Vaccination in Bombay 1902-1912 - 1902-1912
Year: 1902
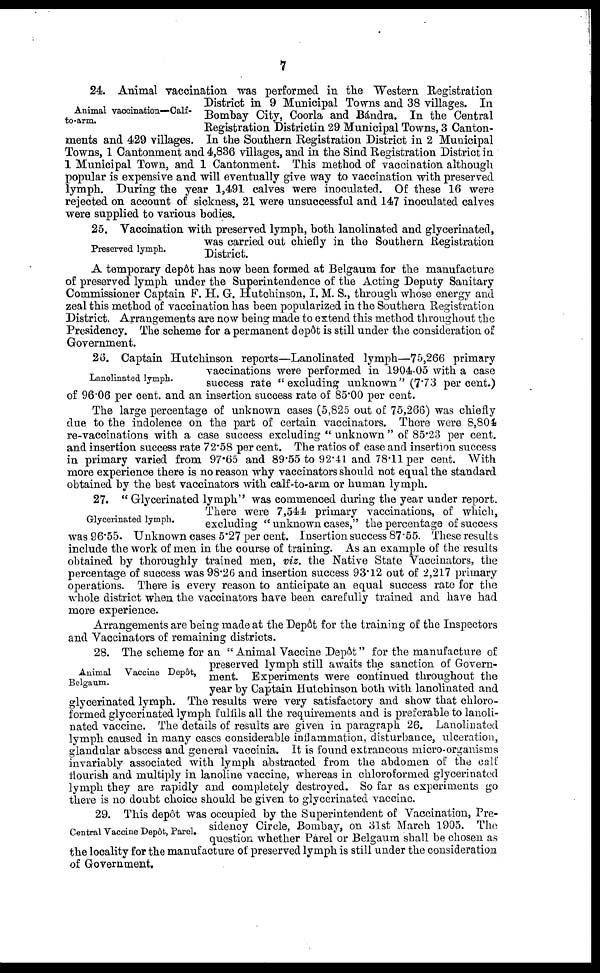
7
Animal vaccination—Calf¬
to-arm.
24. Animal vaccination was performed in the Western Registration
District in 9 Municipal Towns and 38 villages. In
Bombay City, Coorla and Bándra. In the Central
Registration Districtin 29 Municipal Towns, 3 Canton-
ments and 429 villages. In the Southern Registration District in 2 Municipal
Towns, 1 Cantonment and 4,836 villages, and in the Sind Registration District in
1 Municipal Town, and 1 Cantonment. This method of vaccination although
popular is expensive and will eventually give way to vaccination with preserved
lymph. During the year 1,491 calves were inoculated. Of these 16 were
rejected on account of sickness, 21 were unsuccessful and 147 inoculated calves
were supplied to various bodies.
Preserved lymph.
25. Vaccination with preserved lymph, both lanolinated and glycerinated,
was carried out chiefly in the Southern Registration
District.
A temporary depôt has now been formed at Belgaum for the manufacture
of preserved lymph under the Superintendence of the Acting Deputy Sanitary
Commissioner Captain F. H. G. Hutchinson, I. M. S., through whose energy and
zeal this method of vaccination has been popularized in the Southern Registration
District. Arrangements are now being made to extend this method throughout the
Presidency. The scheme for a permanent depôt is still under the consideration of
Government.
Lanolinated lymph.
26. Captain Hutchinson reports—Lanolinated lymph—75,266 primary
vaccinations were performed in 1904-05 with a case
success rate "excluding unknown" (7.73 per cent.)
of 96.06 per cent. and an insertion success rate of 85.00 per cent.
The large percentage of unknown cases (5,825 out of 75,266) was chiefly
due to the indolence on the part of certain vaccinators. There were 8,804
re-vaccinations with a case success excluding "unknown " of 85.23 per cent.
and insertion success rate 72.58 per cent. The ratios of case and insertion success
in primary varied from 97.65 and 89.55 to 92.41 and 78.11 per cent. With
more experience there is no reason why vaccinators should not equal the standard
obtained by the best vaccinators with calf-to-arm or human lymph.
Glycerinated lymph.
27. "Glycerinated lymph" was commenced during the year under report.
There were 7,544 primary vaccinations, of which,
excluding ''unknown cases," the percentage of success
was 96.55. Unknown cases 5.27 per cent. Insertion success 87.55. These results
include the work of men in the course of training. As an example of the results
obtained by thoroughly trained men, viz. the Native State Vaccinators, the
percentage of success was 98.26 and insertion success 93.12 out of 2,217 primary
operations. There is every reason to anticipate an equal success rate for the
whole district when the vaccinators have been carefully trained and have had
more experience.
Arrangements are being made at the Depôt for the training of the Inspectors
and Vaccinators of remaining: districts.
Animal
Vaccine Depôt,
Belgaum.
28. The scheme for an "Animal Vaccine Depôt" for the manufacture of
preserved lymph still awaits the sanction of Govern-
ment. Experiments were continued throughout the
year by Captain Hutchinson both with lanolinated and
glycerinated lymph. The results were very satisfactory and show that chloro-
formed glycerinated lymph fulfils all the requirements and is preferable to lanoli-
nated vaccine. The details of results are given in paragraph 26. Lanolinated
lymph caused in many cases considerable inflammation, disturbance, ulceration,
glandular abscess and general vaccinia. It is found extraneous micro-organisms
invariably associated with lymph abstracted from the abdomen of the calf
flourish and multiply in lanoline vaccine, whereas in chloroformed glycerinated
lymph they are rapidly and completely destroyed. So far as experiments go
there is no doubt choice should be given to glycerinated vaccine.
Central Vaccine Depôt, Parel.
29. This depôt was occupied by the Superintendent of Vaccination, Pre-
sidency Circle, Bombay, on 31st March 1905. The
question whether Párel or Belgaum shall be chosen as
the locality for the manufacture of preserved lymph is still under the consideration
of Government.